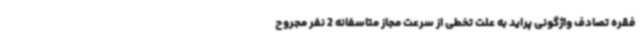
فقره تصادف واژگونی پراید به علت تخطی از سرعت مجاز متاسفانه 2 نفر مجروح